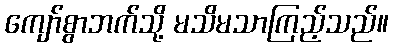
ကျော်စွာဘက်သို့ မသိမသာကြည့်သည်။